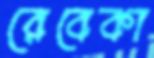
রেবেকা